Indian journal of veterinary science and animal husbandry - Volume 13,
Year: 1943
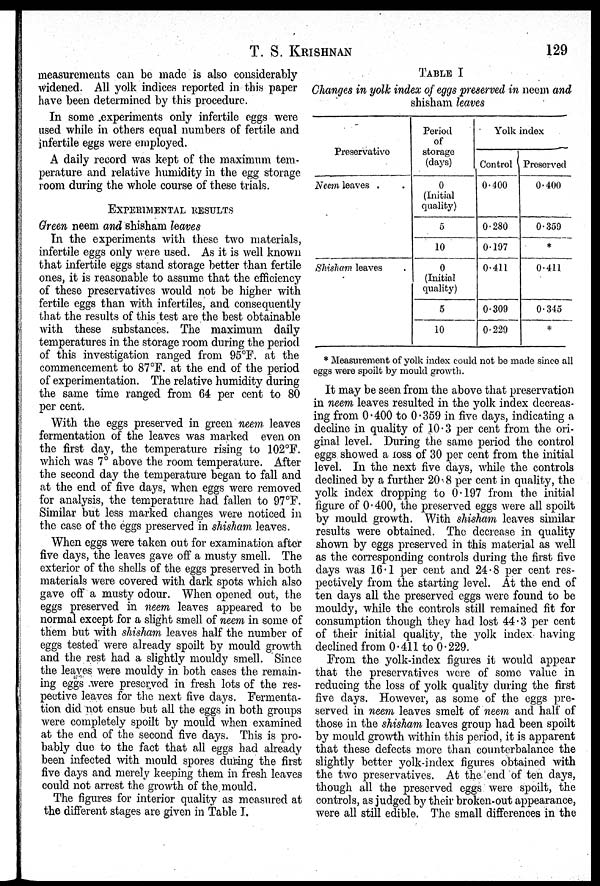
T. S. KRISHNAN 129
measurements can be made is also considerably
widened. All yolk indices reported in this paper
have been determined by this procedure.
In some experiments only infertile eggs were
used while in others equal numbers of fertile and
infertile eggs were employed.
A daily record was kept of the maximum tem-
perature and relative humidity in the egg storage
room during the whole course of these trials.
EXPERIMENTAL RESULTS
Green neem and shisham leaves
In the experiments with these two materials,
infertile eggs only were used. As it is well known
that infertile eggs stand storage better than fertile
ones, it is reasonable to assume that the efficiency
of these preservatives would not be higher with
fertile eggs than with infertiles, and consequently
that the results of this test are the best obtainable
with these substances. The maximum daily
temperatures in the storage room during the period
of this investigation ranged from 95°F. at the
commencement to 87°F. at the end of the period
of experimentation. The relative humidity during
the same time ranged from 64 per cent to 80
per cent.
With the eggs preserved in green neem leaves
fermentation of the leaves was marked even on
the first day, the temperature rising to 102°F.
which was 7° above the room temperature. After
the second day the temperature began to fall and
at the end of five days, when eggs were removed
for analysis, the temperature had fallen to 97°F.
Similar but less marked changes were noticed in
the case of the eggs preserved in shisham leaves.
When eggs were taken out for examination after
five days, the leaves gave off a musty smell. The
exterior of the shells of the eggs preserved in both
materials were covered with dark spots which also
gave off a musty odour. When opened out, the
eggs preserved in neem leaves appeared to be
normal except for a slight smell of neem in some of
them but with shisham leaves half the number of
eggs tested were already spoilt by mould growth
and the rest had a slightly mouldy smell. Since
the leaves were mouldy in both cases the remain-
ing eggs were preserved in fresh lots of the res-
pective leaves for the next five days. Fermenta-
tion did not ensue but all the eggs in both groups
were completely spoilt by mould when examined
at the end of the second five days. This is pro-
bably due to the fact that all eggs had already
been infected with mould spores during the first
five days and merely keeping them in fresh leaves
could not arrest the growth of the mould.
The figures for interior quality as measured at
the different stages are given in Table I.
TABLE I
Changes in yolk index of eggs preserved in neem and
shisham leaves
Preservative
Neem leaves . .
Shisham leaves .
Period
of
storage
(days)
0
(Initial
quality)
5
10
0
(Initial
quality)
5
10
Yolk index
Control
0.400
0.280
0.197
0.411
0.309
0.229
Preserved
0.400
0.359
*
0.411
0.345
*
* Measurement of yolk index could not be made since all
eggs were spoilt by mould growth.
It may be seen from the above that preservation
in neem leaves resulted in the yolk index decreas-
ing from 0.400 to 0.359 in five days, indicating a
decline in quality of 10.3 per cent from the ori-
ginal level. During the same period the control
eggs showed a loss of 30 per cent from the initial
level. In the next five days, while the controls
declined by a further 20.8 per cent in quality, the
yolk index dropping to 0.197 from the initial
figure of 0.400, the preserved eggs were all spoilt
by mould growth. With shisham leaves similar
results were obtained. The decrease in quality
shown by eggs preserved in this material as well
as the corresponding controls during the first five
days was 16.1 per cent and 24.8 per cent res-
pectively from the starting level. At the end of
ten days all the preserved eggs were found to be
mouldy, while the controls still remained fit for
consumption though they had lost 44.3 per cent
of their initial quality, the yolk index having
declined from 0.411 to 0.229.
From the yolk-index figures it would appear
that the preservatives were of some value in
reducing the loss of yolk quality during the first
five days. However, as some of the eggs pre-
served in neem leaves smelt of neem and half of
those in the shisham leaves group had been spoilt
by mould growth within this period, it is apparent
that these defects more than counterbalance the
slightly better yolk-index figures obtained with
the two preservatives. At the end of ten days,
though all the preserved eggs were spoilt, the
controls, as judged by their broken-out appearance,
were all still edible. The small differences in the